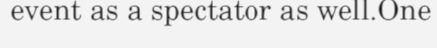
event as a spectator as well.One